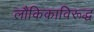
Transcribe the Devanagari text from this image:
लौकिकाविरूद्ध